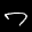
Label: 7